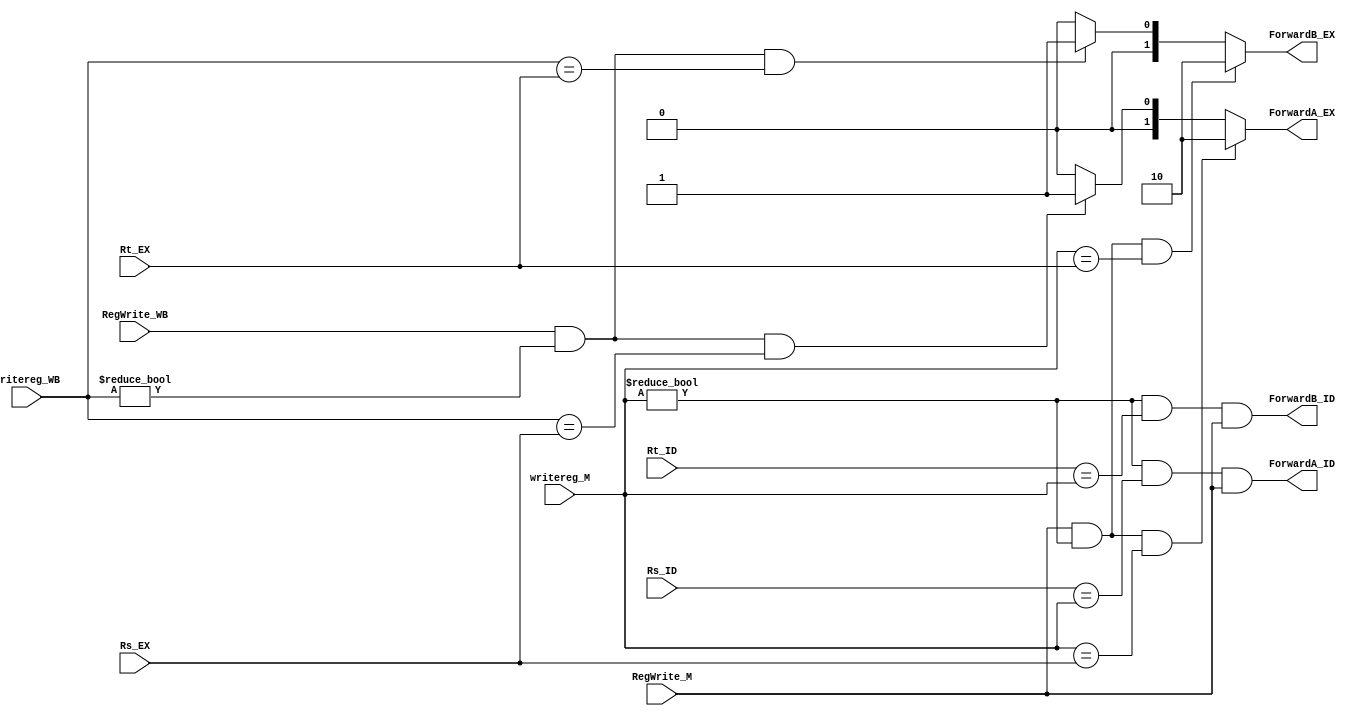
`timescale 1ns/1ns

module forwardingunit(input [4:0] Rs_EX,input [4:0] Rt_EX,input [4:0] Rs_ID,input [4:0] Rt_ID,            
                      input [4:0] writereg_M,input [4:0] writereg_WB,      
                      input RegWrite_M,input RegWrite_WB,      
                      output reg[1:0] ForwardA_EX,output reg[1:0] ForwardB_EX,
                      output reg ForwardA_ID,output reg ForwardB_ID);

always @(*)
    begin

        //Rs

        if (RegWrite_M && (writereg_M!=0) && (writereg_M==Rs_EX))   // Fwd EXE hazards
            ForwardA_EX=2'b10;

        
        else if (RegWrite_WB && (writereg_WB!=0) && (writereg_WB==Rs_EX))   // Fwd MEM hazards
            ForwardA_EX=2'b01;

        
        else                                                                    // No hazards
            ForwardA_EX=2'b00;

        
         //Rt

        if (RegWrite_M && (writereg_M!=0) && (writereg_M==Rt_EX))           // Fwd EXE hazards
            ForwardB_EX=2'b10;

        
        else if (RegWrite_WB && (writereg_WB!=0) && (writereg_WB==Rt_EX))       // Fwd MEM hazards
            ForwardB_EX=2'b01;

        
        else                                                                   // No hazards
            ForwardB_EX=2'b00;

        ForwardA_ID=(writereg_M!=0) && (Rs_ID==writereg_M) && RegWrite_M; // EXAMPLE FOR ILLUSTRATION RS_D=1,RT_D=1 ;WRITERED_M==ALURESULT_D==0; FWRDAD=0 GO TO "DATAPATH" TO CONTINOUE
        ForwardB_ID=(writereg_M!=0) && (Rt_ID==writereg_M) && RegWrite_M;
     
    end
endmodule